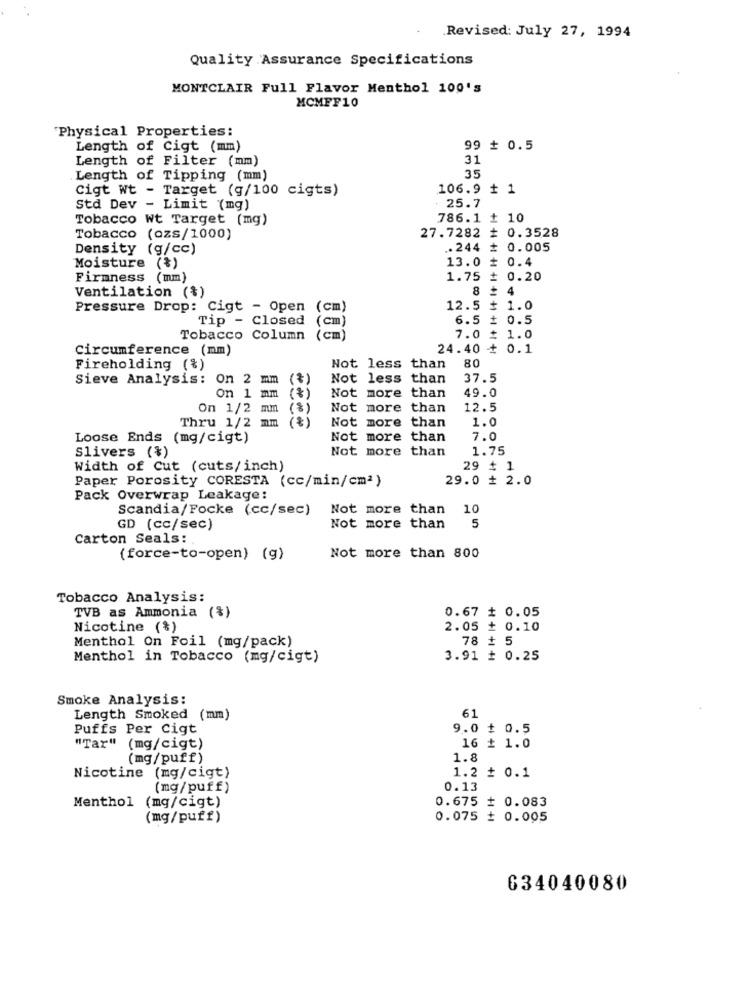
.
Revised: July 27, 1994
Quality Assurance Specifications
MONTCLAIR Full Flavor Menthol 100's
MCMFF10
"Physical Properties:
Length of Cigt (mm)
99 # 0.5
Length of Filter (mm)
31
35
Length of Tipping (mm)
Cigt Wt - Target (g/100 cigts)
106.9 + 1
Std Dev - Limit (mg)
25.7
Tobacco Wt Target (mg)
786.1 + 10
27.7282 # 0.3528
Tobacco (ozs/1000)
Density (g/cc)
.244 + 0.005
13.0 #
0.4
Moisture (*)
Firmness (mm)
1.75 # 0.20
8 # 4
Ventilation (%)
Pressure Drop: Cigt - Open (cm)
12.5 # 1.0
6.5 # 0.5
Tip - Closed (cm)
Tobacco Column (cm)
7.0 # 1.0
circumference (mm)
24.40 + 0.1
80
Fireholding (%)
Not less than
Sieve Analysis: On 2 mm (*)
Not less than
37.5
49.0
On 1 mm
Not more than
On 1/2 m
(8)
Not more than
12.5
Thru 1/2 mm
Not more than
1.0
Loose Ends (mg/cigt)
Not more than
7.0
Not more than
1.75
Slivers (%)
Width of Cut (cuts/inch)
29 # 1
29.0 # 2.0
Paper Porosity CORESTA (cc/min/cm2)
Pack Overwrap Leakage:
Scandia/Focke (cc/sec)
Not more than
10
GD (cc/sec)
Not more than
5
Carton Seals:
(force-to-open) (g)
Not more than 800
Tobacco Analysis:
TVB as Ammonia (%)
0.67 # 0.05
Nicotine (%)
2.05 + 0.10
Menthol On Foil (mg/pack)
78 # 5
Menthol in Tobacco (mg/cigt)
3.91 # 0.25
Smoke Analysis:
Length Smoked (mm)
61
Puffs Per Cigt
9.0 + 0.5
"Tar" (mg/cigt)
16 + 1.0
(mg/puff)
1.8
Nicotine (mg/cigt)
1.2 ₺ 0.1
(mg/puff)
0.13
Menthol (mg/cigt)
0.675 # 0.083
(mg/puff)
0.075 # 0.005
634040080